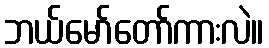
ဘယ်မော်တော်ကားလဲ။